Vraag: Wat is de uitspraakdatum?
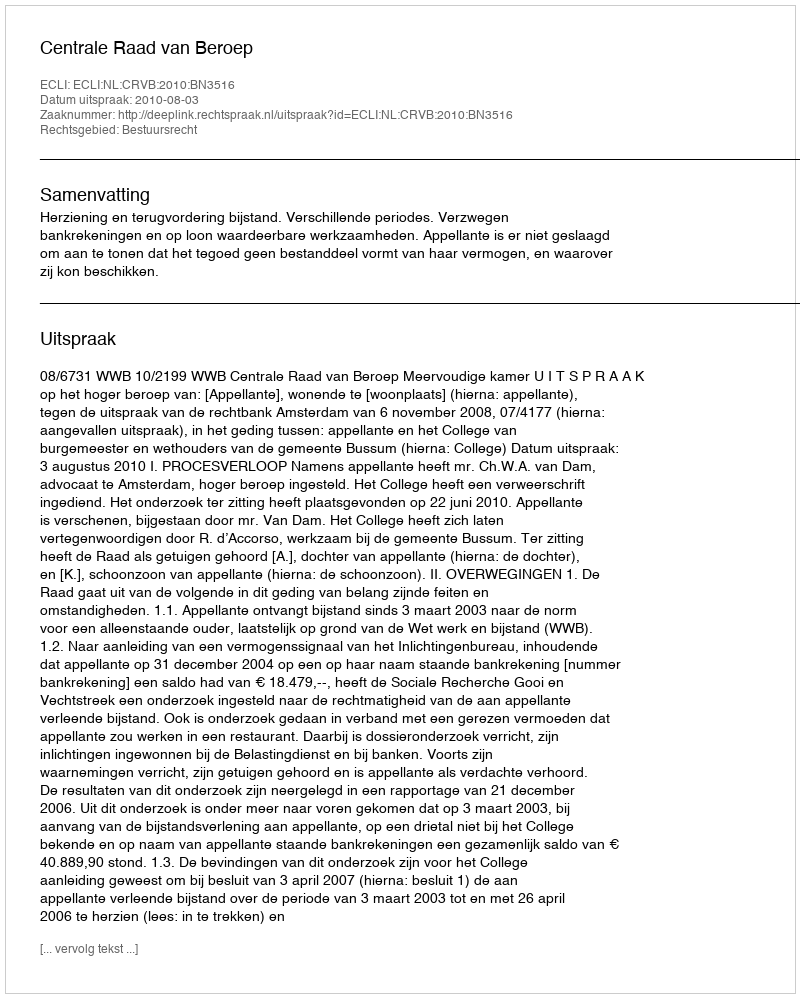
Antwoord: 2010-08-03